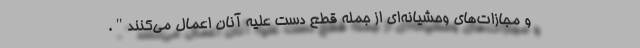
و مجازات‌های وحشیانه‌ای از جمله قطع دست علیه آنان اعمال می‌کنند".